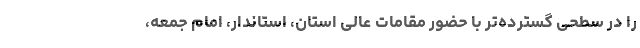
را در سطحی گسترده‌تر با حضور مقامات عالی استان، استاندار، امام جمعه،